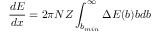
{ \frac { d E } { d x } } = 2 \pi N Z \int _ { b _ { m i n } } ^ { \infty } \Delta E ( b ) b d b